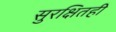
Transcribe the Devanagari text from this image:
सुरक्षितही